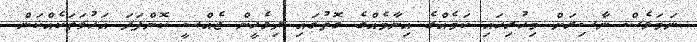
ނަމަވެސް ނާސިރަށް މިހުރިހައި ކަމެއްގެ އިނާމެއްގެ ގޮތުގައި ދިވެހީން ޖެއްސީ ކޮންފަދަ އަހުވަތަކެއްކަން